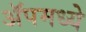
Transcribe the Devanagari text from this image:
ॲपमध्ये